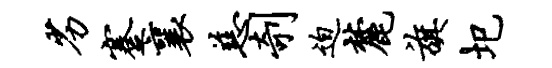
劣蹇襄慈剞迫麓旗圯